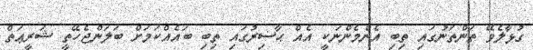
ގުޅާލެވޭ ތަންތަނުގައި ތިބި އެންމެންނަކީ އެއް ޙާޟިރުގައި ތިބި ބައެއްކަމަށް ބަލަންޖެހޭތީ ޝަރީޢަތް